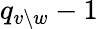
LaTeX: q_{v\setminus w}-1